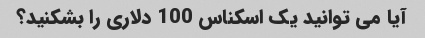
آیا می توانید یک اسکناس 100 دلاری را بشکنید؟